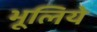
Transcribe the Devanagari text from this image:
भूलिये